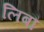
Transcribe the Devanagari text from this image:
लिबौ